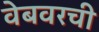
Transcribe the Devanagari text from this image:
वेबवरची